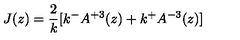
J ( z ) = \frac { 2 } { k } [ k ^ { - } A ^ { + 3 } ( z ) + k ^ { + } A ^ { - 3 } ( z ) ]